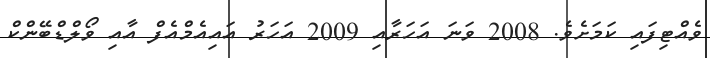
ވެއްޓިފައި ކަމަށެވެ. 2008 ވަނަ އަހަރާއި 2009 އަހަރު އައިއެމްއެފް އާއި ވޯލްޑްބޭންކް